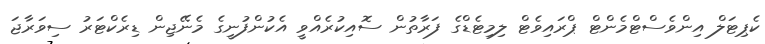
ކެޕިޓަލް އިންވެސްޓްމެންޓް ޕްރައިވެޓް ލިމިޓެޑްގެ ފަރާތުން ސޮއިކުރެއްވީ އެކުންފުނީގެ މެނޭޖިން ޑިރެކްޓަރު ސިވަރާޖަ